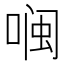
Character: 𮰖